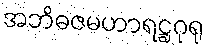
အဘိဓဇမဟာရဋ္ဌဂုရု